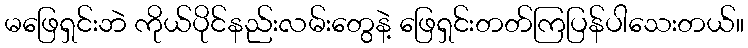
မဖြေရှင်းဘဲ ကိုယ်ပိုင်နည်းလမ်းတွေနဲ့ ဖြေရှင်းတတ်ကြပြန်ပါသေးတယ်။